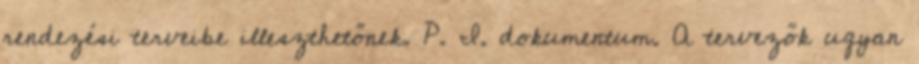
rendezési terveibe illeszthetőnek. P. I. dokumentum. A tervezők ugyan